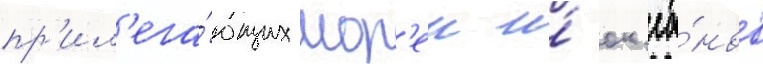
пр'ил'ега́ющих мор'еи и́ ок'еа́нов